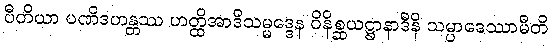
ပီတိယာ ပဏိဒဟန္တဿ ဟတ္ထိအာဒိသမ္မဒ္ဒေန ဝိနိစ္ဆယဋ္ဌာနာဒီနိ သမ္ပာဒေဿာမီတိ